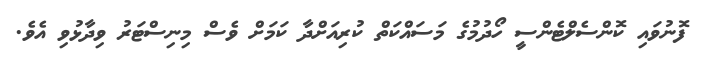
ފޮނުވައި ކޮންސެލްޓެންސީ ހޯދުމުގެ މަސައްކަތް ކުރިއަށްދާ ކަަމަށް ވެސް މިނިސްޓަރު ވިދާޅުވި އެވެ.